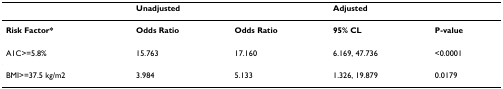
|  | <COLSPAN=2> Unadjusted | <COLSPAN=2> Adjusted |
 | --- | --- | --- | --- | --- |
 | Risk Factor* | Odds Ratio | Odds Ratio | 95% CL | P-value |
 | A1C>=5.8% | 15.763 | 17.160 | 6.169, 47.736 | <0.0001 |
 | BMI>=37.5 kg/m2 | 3.984 | 5.133 | 1.326, 19.879 | 0.0179 |